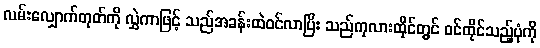
လမ်းလျှောက်တုတ်ကို လွှဲကာဖြင့် သည်အခန်းထဲဝင်လာပြီး သည်ကုလားထိုင်တွင် ဝင်ထိုင်သည့်ပုံကို